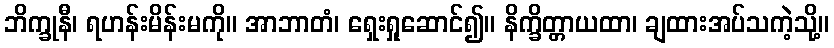
ဘိက္ခုနီ၊ ရဟန်းမိန်းမကို။ အာဘာတံ၊ ရှေးရှုဆောင်၍။ နိက္ခိတ္တာယထာ၊ ချထားအပ်သကဲ့သို့။